Treatise on elephants
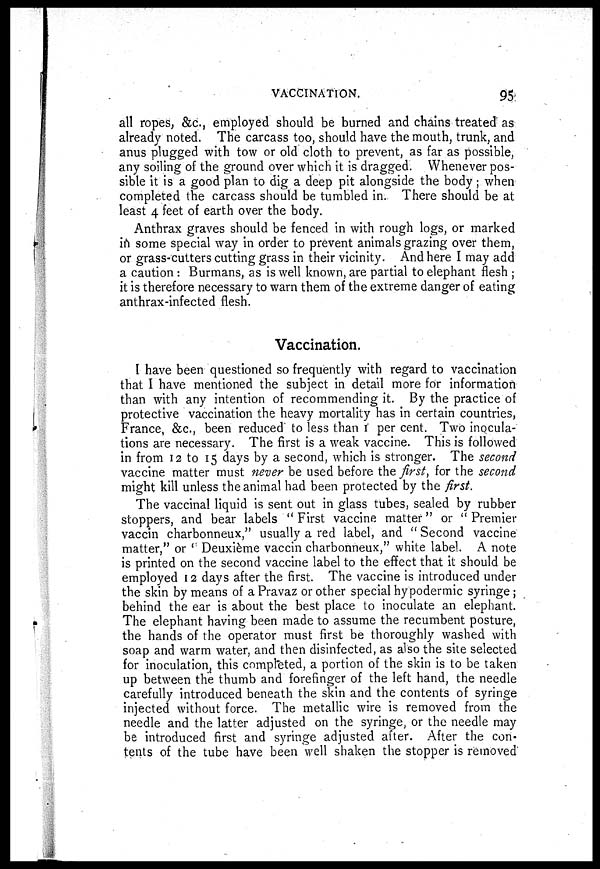
VACCINATION.
95
all ropes, &c., employed should be burned and chains treated as
already noted. The carcass too, should have the mouth, trunk, and
anus plugged with tow or old cloth to prevent, as far as possible,
any soiling of the ground over which it is dragged. Whenever pos-
sible it is a good plan to dig a deep pit alongside the body; when
completed the carcass should be tumbled in. There should be at
least 4 feet of earth over the body.
Anthrax graves should be fenced in with rough logs, or marked
in some special way in order to prevent animals grazing over them,
or grass-cutters cutting grass in their vicinity. And here I may add
a caution: Burmans, as is well known, are partial to elephant flesh ;
it is therefore necessary to warn them of the extreme danger of eating
anthrax-infected flesh.
Vaccination.
I have been questioned so frequently with regard to vaccination
that I have mentioned the subject in detail more for information
than with any intention of recommending it. By the practice of
protective vaccination the heavy mortality has in certain countries,
France, &c., been reduced to less than i per cent. Two inocula-
tions are necessary. The first is a weak vaccine. This is followed
in from 12 to 15 days by a second, which is stronger. The second
vaccine matter must never be used before the first, for the second
might kill unless the animal had been protected by the first.
The vaccinal liquid is sent out in glass tubes, sealed by rubber
stoppers, and bear labels "First vaccine matter" or "Premier
vaccin charbonneux," usually a red label, and "Second vaccine
matter," or "Deuxième vaccin charbonneux," white label. A note
is printed on the second vaccine label to the effect that it should be
employed 12 days after the first. The vaccine is introduced under
the skin by means of a Pravaz or other special hypodermic syringe ;
behind the ear is about the best place to inoculate an elephant.
The elephant having been made to assume the recumbent posture,
the hands of the operator must first be thoroughly washed with
soap and warm water, and then disinfected, as also the site selected
for inoculation, this completed, a portion of the skin is to be taken
up between the thumb and forefinger of the left hand, the needle
carefully introduced beneath the skin and the contents of syringe
injected without force. The metallic wire is removed from the
needle and the latter adjusted on the syringe, or the needle may
be introduced first and syringe adjusted after. After the con-
tents of the tube have been well shaken the stopper is removed